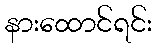
နားထောင်ရင်း